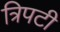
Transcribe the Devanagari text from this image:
त्रिपटी